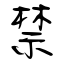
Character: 禁